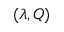
( \lambda , Q )